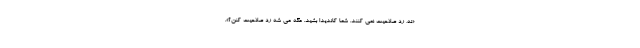
«نه، رد صلاحیت نمی کنند. شما کاندیدا بشید. مگه می شه رد صلاحیت کنن؟».